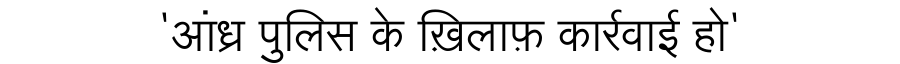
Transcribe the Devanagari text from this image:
'आंध्र पुलिस के ख़िलाफ़ कार्रवाई हो'